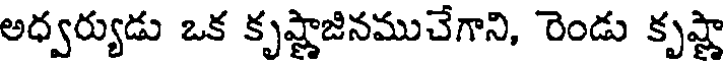
అధ్వర్యుడు ఒక కృష్ణాజినముచేగాని, రెండు కృష్ణా